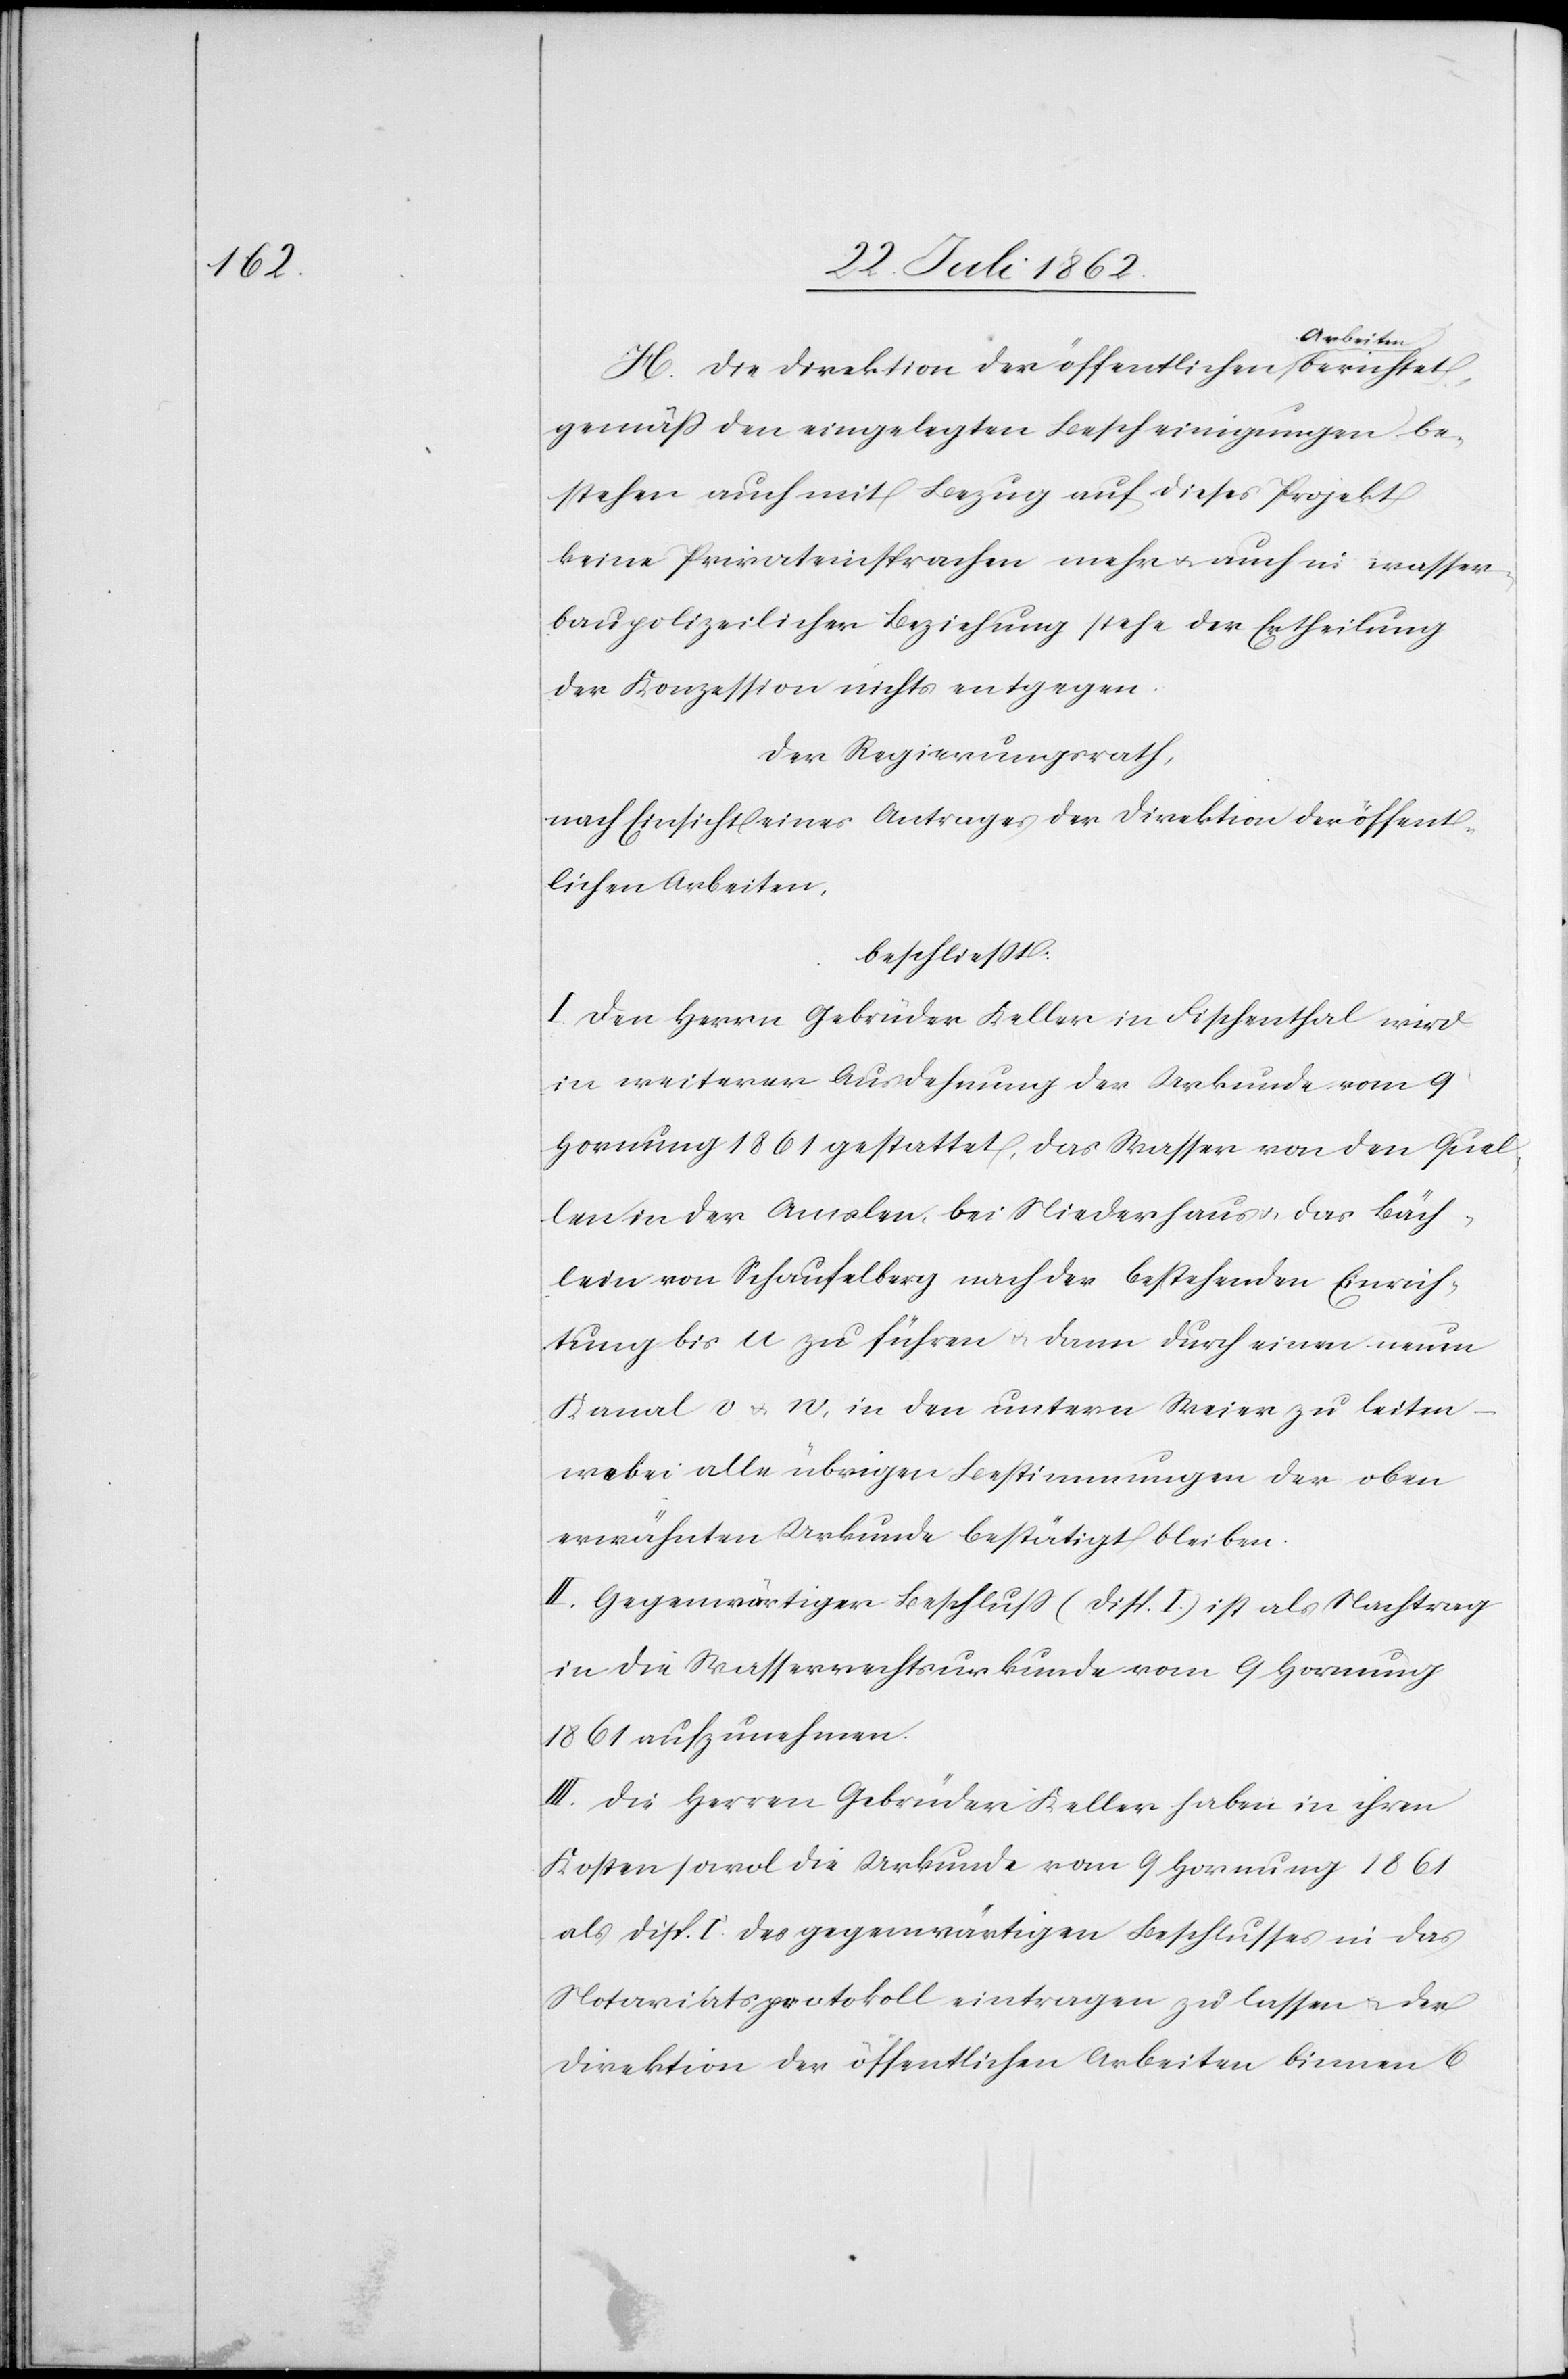
gemäß den eingelegten Bescheinigungen be¬
stehen auch mit Bezug auf dieses Projekt
keine Privateinsprachen mehr u. auch in wasser¬
baupolizeilicher Beziehung stehe der Ertheilung
der Konzession nichts entgegen.
Der Regierungsrath,
nach Einsicht eines Antrages der Direktion der öffent¬
lichen Arbeiten,
beschließt:
I. Den Herrn Gebrüder Keller in Fischenthal wird
in weiterer Ausdehnung der Urkunde vom 9.
Hornung 1861 gestattet, das Wasser von den Quel¬
len in der Amseln, bei Niederhaus, das Bäch¬
lein von Schaufelberg nach der bestehenden Einrich¬
tung bis u zu führen u. dann durch einen neuen
Kanal v u. w, in den untern Weier zu leiten
–wobei alle übrigen Bestimmungen der oben
erwähnten Urkunde bestätigt bleiben.
II. Gegenwärtiger Beschluß (Disp. I) ist als Nachtrag
in die Wasserrechtsurkunde vom 9. Hornung
1861 aufzunehmen.
III. Die Herren Gebrüder Keller haben in ihren
Kosten sowol die Urkunde vom 9. Hornung 1861
als Disp. I des gegenwärtigen Beschlusses in das
Notariatsprotokoll eintragen zu lassen u. der
Direktion der öffentlichen Arbeiten binnen 6